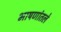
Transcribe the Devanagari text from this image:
भाषणांतले